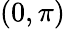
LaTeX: (0,\pi)